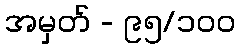
အမှတ် - ၉၅/၁၀၀